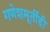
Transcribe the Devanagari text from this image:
गणेशमूर्तीही